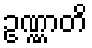
ဥဏ္ဏာတိ